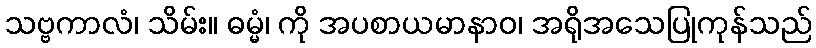
သဗ္ဗကာလံ၊ သိမ်း။ ဓမ္မံ၊ ကို အပစာယမာနာဝ၊ အရိုအသေပြုကုန်သည်